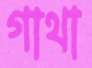
গাথা